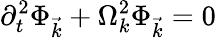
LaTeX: \partial_{t}^{2}\Phi_{\vec{k}}+\Omega_{k}^{2}\Phi_{\vec{k}}=0